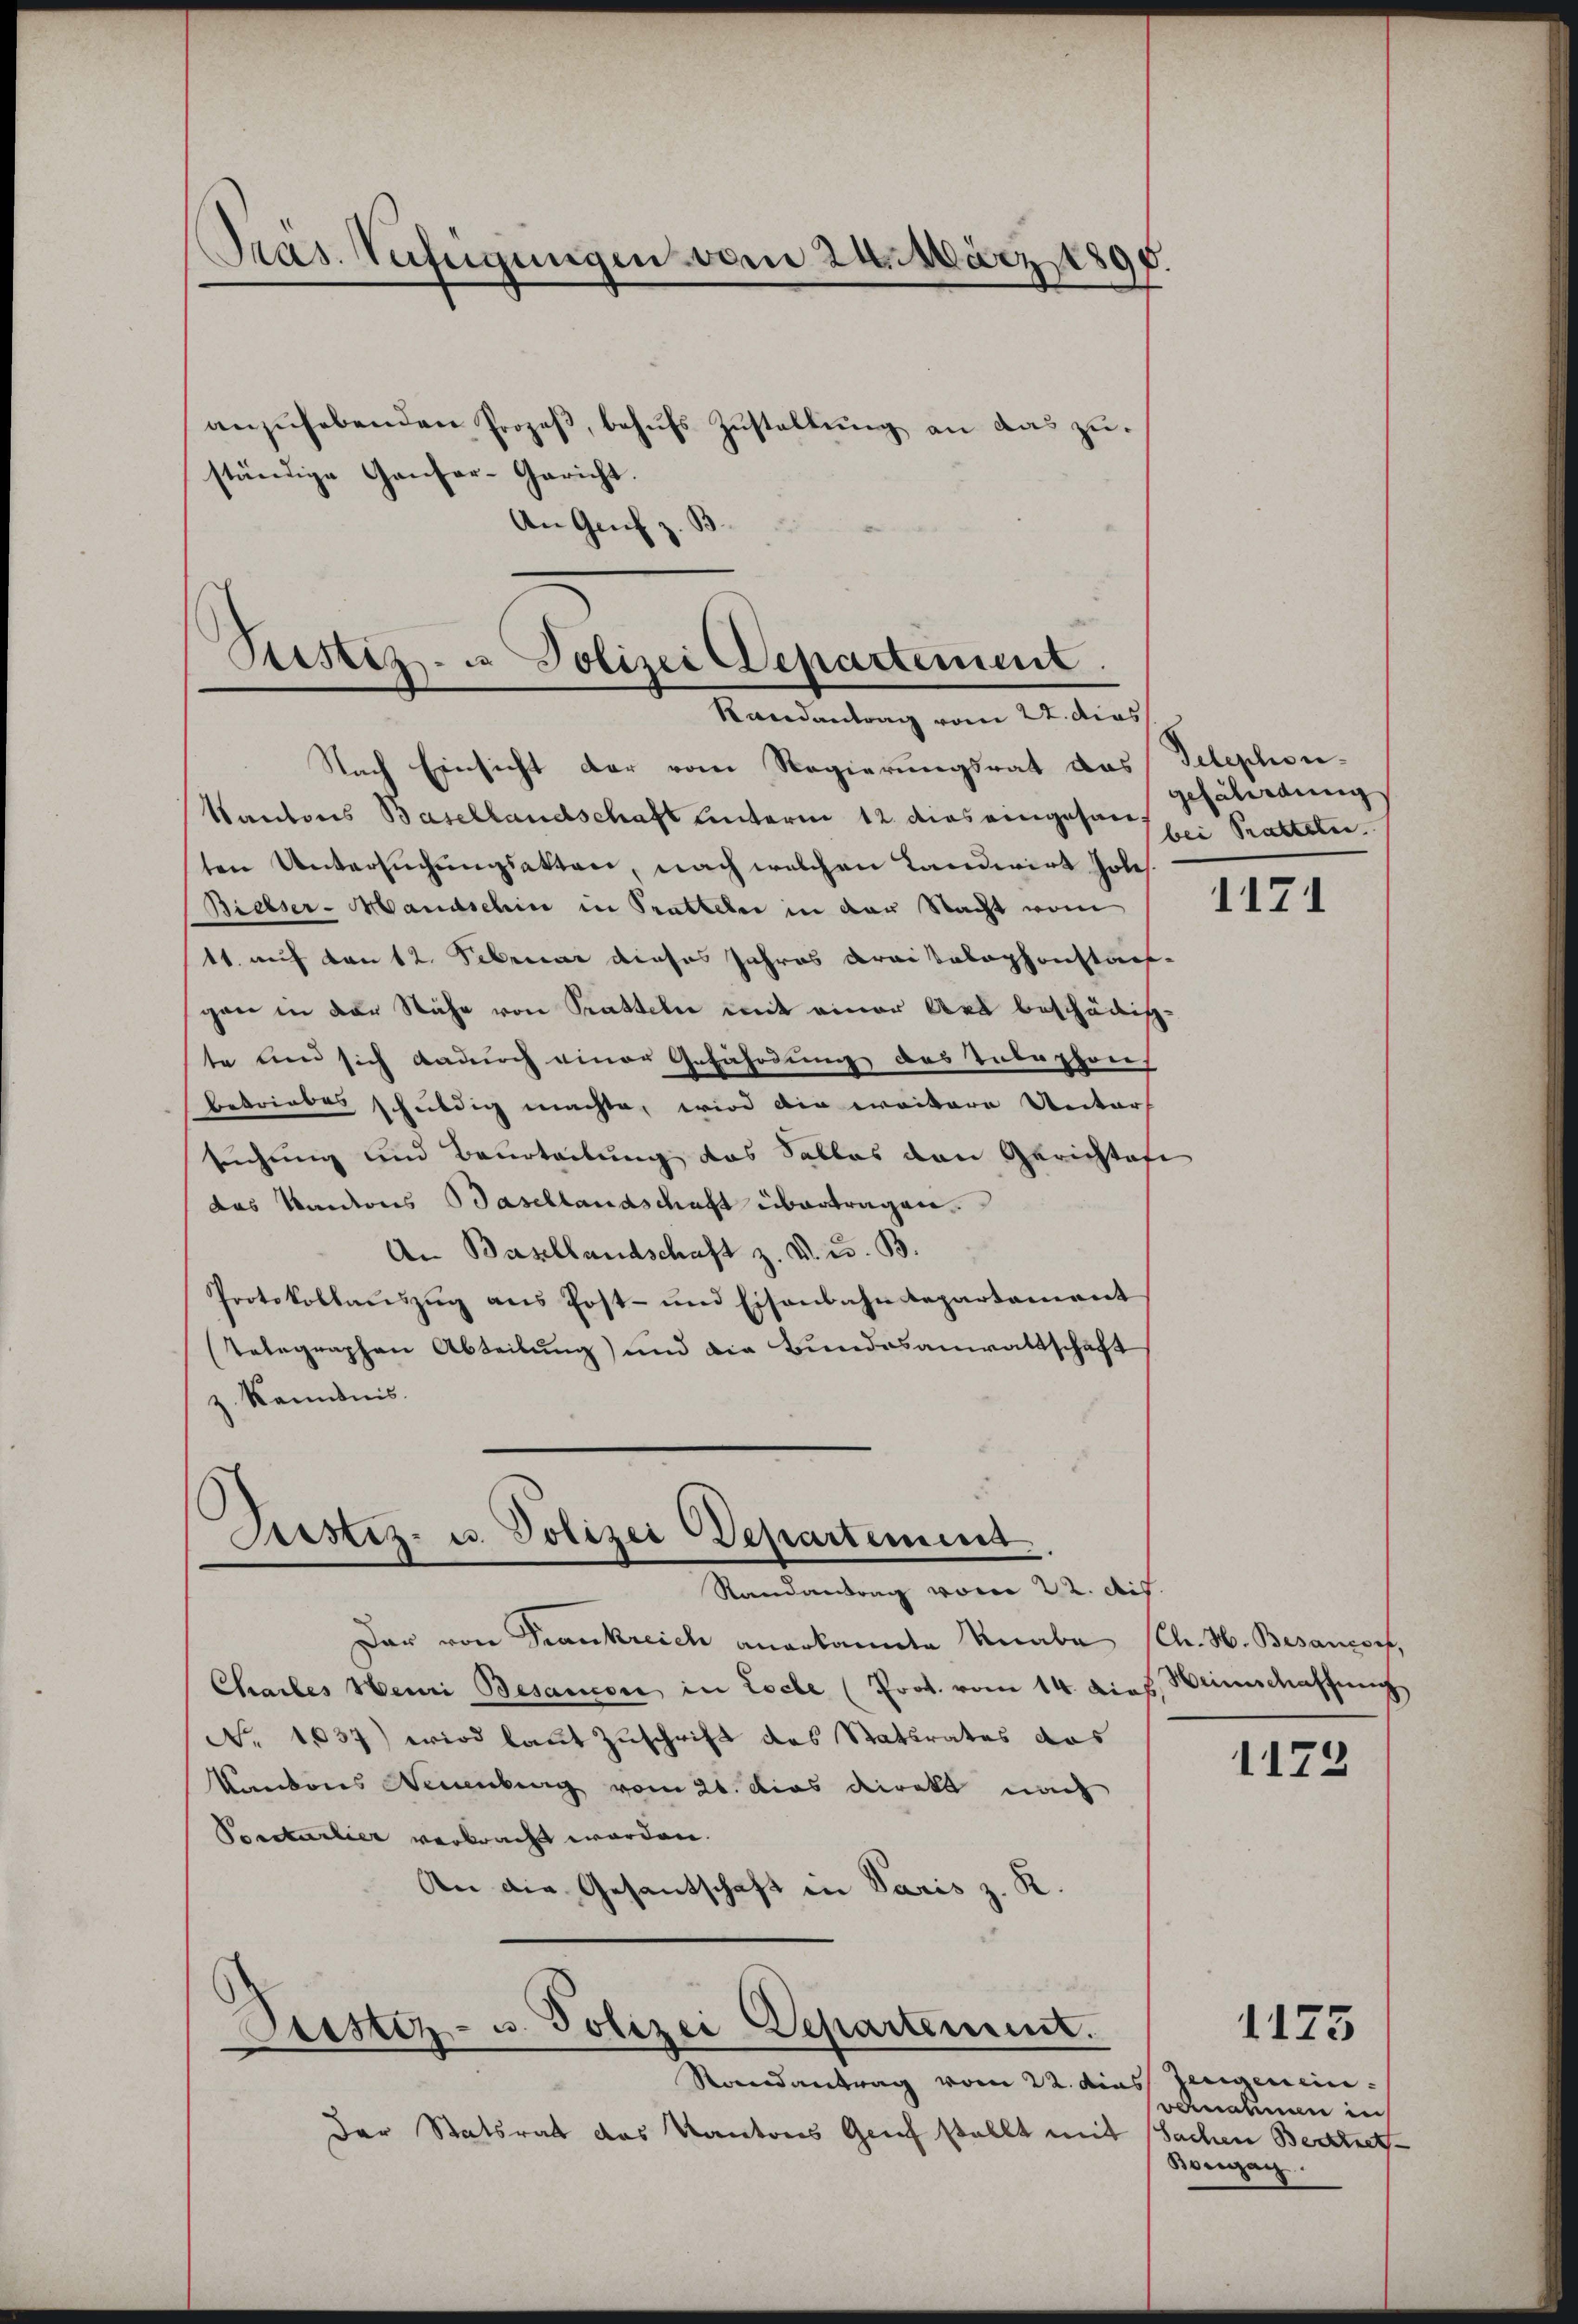
Pras. Anfügungen vom 24. März 1898

ständige Ganzer-Gericht.
An Genf z.

Restiz- u Polizei Departement.
Randantrag vom 22. dies
Nach Einsicht der vom Regierungsrat das Telephon¬

anzŭhebenden Prozeβ, behufs Zustaltung an das zu¬

Pustiz- u. Polizei Departement.
Randantrag vom 22. ds.

Kantons Basellandschaft unterm 12. dies eingesen sei Pratteln.
ten Untersuchungsakten, nach welchen Landwirt hole
Bielser-Mandschin in Pratteln in der Nacht vom
11. auf von 12. Februar dieses Jahres draitalephonstan
gen in der Nähe von Pratteln mit einer Art beschädig-
te und sich dadurch einer Gefährdung des Telephons
Betriebes schuldig machte, wird die weitere Unters
suchung und Beurteilung das Salles den Gerichtete
das Kantons Basellandschaft übertragen.
An Basellandschaft z. v. u. B.
Protokollaŭszŭg ans Post- und Eisenbahndepartamant
Telegraphen Abteilung) und die Bundesanwaltschaft
z. kenntnis.

Randantrag vom 22. dies Zeugenein.
Der Statsrat des Kantons Genf stellt mit Sachen Bertret¬

Dar von Frankreich anerkannte Knabe (Ch. H. Besandorf,
Chartes Henri Besaucon in Loche (Prot. vom 14. Dieb. Heimschaffung
No. 1037) wird laut Zuschrift das Statsrates das
Kantons Neuenburg vom 26. dies direkt nach
Porstarlier verbracht worden.
An die Gesantschaft in Paris z. R.
Festiz- u. Polizei Departement.

gefährdung

1171

1172

vernahmen in
Bongag

1175